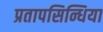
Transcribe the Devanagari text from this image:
प्रतापसिन्धिया